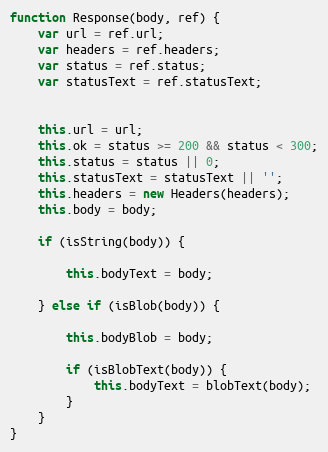
Language: JavaScript
function Response(body, ref) {
    var url = ref.url;
    var headers = ref.headers;
    var status = ref.status;
    var statusText = ref.statusText;

    this.url = url;
    this.ok = status >= 200 && status < 300;
    this.status = status || 0;
    this.statusText = statusText || '';
    this.headers = new Headers(headers);
    this.body = body;

    if (isString(body)) {

        this.bodyText = body;

    } else if (isBlob(body)) {

        this.bodyBlob = body;

        if (isBlobText(body)) {
            this.bodyText = blobText(body);
        }
    }
}